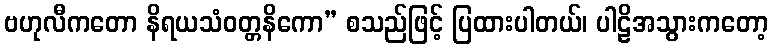
ဗဟုလီကတော နိရယသံဝတ္တနိကော” စသည်ဖြင့် ပြထားပါတယ်၊ ပါဠိအသွားကတော့